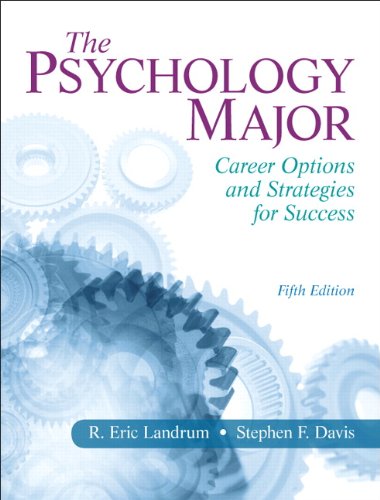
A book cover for The Psychology Major: Career Options and Strategies for Success (5th Edition); R. Eric Landrum; Medical Books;